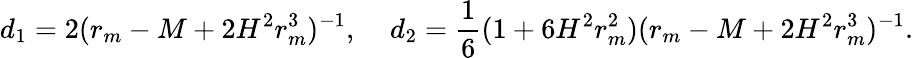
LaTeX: d_{1}=2(r_{m}-M+2H^{2}r_{m}^{3})^{-1},\; \; \; \; d_{2}=\frac{1}{6}(1+6H^{2}r_{m}^{2})(r_{m}-M+2H^{2}r_{m}^{3})^{-1}.